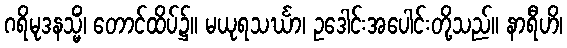
ဂရိမုဒနသ္မိံ၊ တောင်ထိပ်၌။ မယုရသင်္ဃာ၊ ဥဒေါင်းအပေါင်းတို့သည်။ နာရီဟိ၊